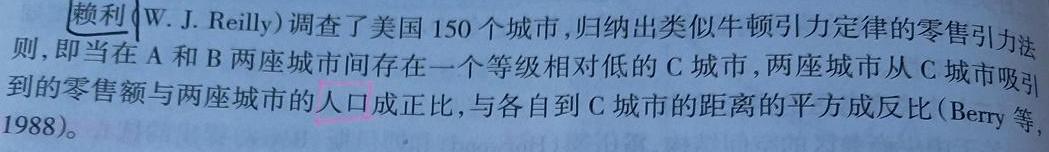
赖利（W. J. Reilly）调查了美国150个城市，归纳出类似牛顿引力定律的零售引力法则，即当在A和B两座城市间存在一个等级相对低的C城市，两座城市从C城市吸引到的零售额与两座城市的人口成正比，与各自到C城市的距离的平方成反比（Berry等，1988）。